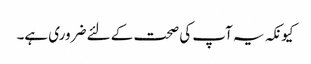
کیونکہ یہ آپ کی صحت کے لئے ضروری ہے۔